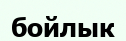
бойлык